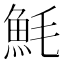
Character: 魹